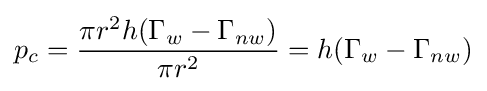
p_{c}={\frac {\pi r^{2}h(\Gamma _{w}-\Gamma _{nw})}{\pi r^{2}}}=h(\Gamma _{w}-\Gamma _{nw})